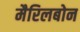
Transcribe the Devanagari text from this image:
मैरिलबोन